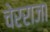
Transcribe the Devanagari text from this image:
चेरराजा